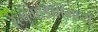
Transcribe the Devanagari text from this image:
रेल्वेगाड्यांमध्ये